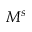
M ^ { s }